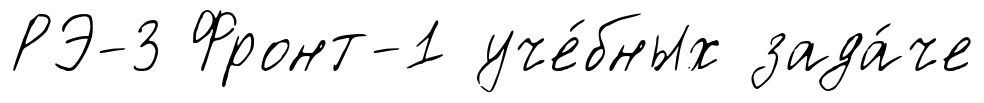
РЭ-3 Фронт-1 уче́бных зада́че